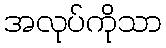
အလုပ်ကိုသာ